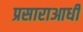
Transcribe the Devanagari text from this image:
प्रसाराआधी